Leaving Certificate Examination (including Day School Certificate (Higher) General paper), 1936
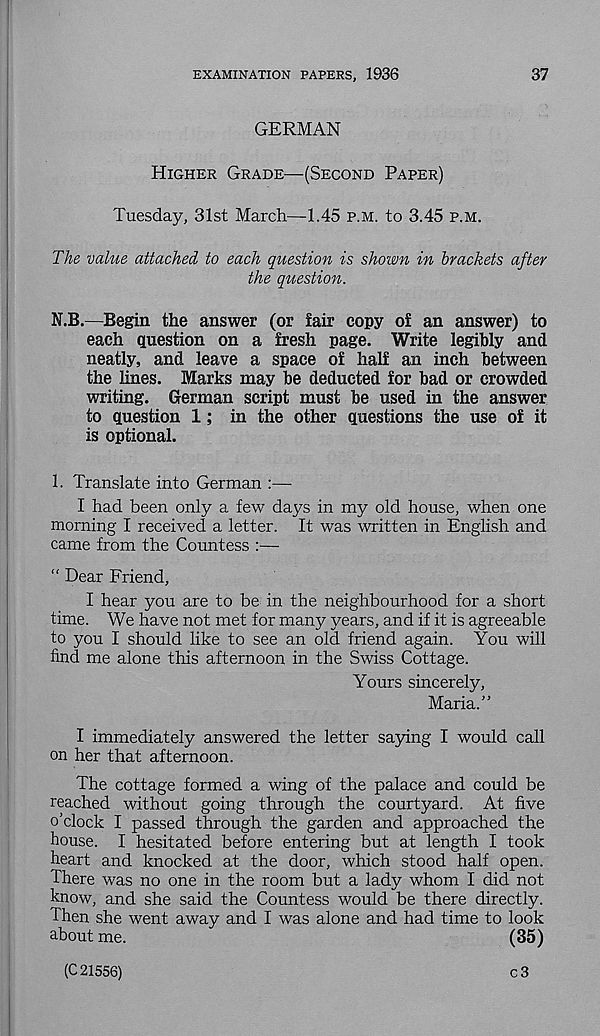
EXAMINATION PAPERS, 1936
37
GERMAN
Higher Grade—(Second Paper)
Tuesday, 31st March—1.45 p.m. to 3.45 p.m.
The value attached to each question is shown in brackets after
the question.
N.B.—Begin the answer (or fair copy of an answer) to
each question on a fresh page. Write legibly and
neatly, and leave a space of half an inch between
the lines. Marks may be deducted for bad or crowded
writing. German script must be used in the answer
to question 1; in the other questions the use of it
is optional.
1. Translate into German :—
I had been only a few days in my old house, when one
morning I received a letter. It was written in English and
came from the Countess :—
“ Dear Friend,
I hear you are to be in the neighbourhood for a short
time. We have not met for many years, and if it is agreeable
to you I should like to see an old friend again. You will
find me alone this afternoon in the Swiss Cottage.
Yours sincerely,
Maria.”
I immediately answered the letter saying I would call
on her that afternoon.
The cottage formed a wing of the palace and could be
reached without going through the courtyard. At five
o’clock I passed through the garden and approached the
house. I hesitated before entering but at length I took
heart and knocked at the door, which stood half open.
There was no one in the room but a lady whom I did not
know, and she said the Countess would be there directly.
Then she went away and I was alone and had time to look
about me.
(35)
(C 21556)
c3